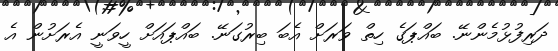
ދަރިފުޅުމެންނޭ. ބައްޕަގެ ހިތް ވަރަށް އެބަ ބިރުގަނޭ. ބައްޕައަށް ހީވަނީ އެރަށުން އެ